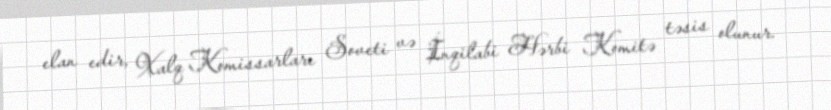
elan edir, Xalq Komissarları Soveti və İnqilabi Hərbi Komitə təsis olunur.